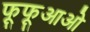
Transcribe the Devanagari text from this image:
फूफूआओ